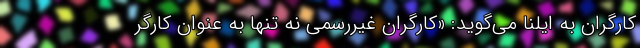
کارگران به ایلنا می‌گوید: «کارگران غیررسمی نه تنها به عنوان کارگر